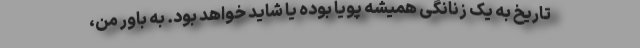
تاریخ به یک زنانگیِ همیشه پویا بوده یا شاید خواهد بود. به باور من،